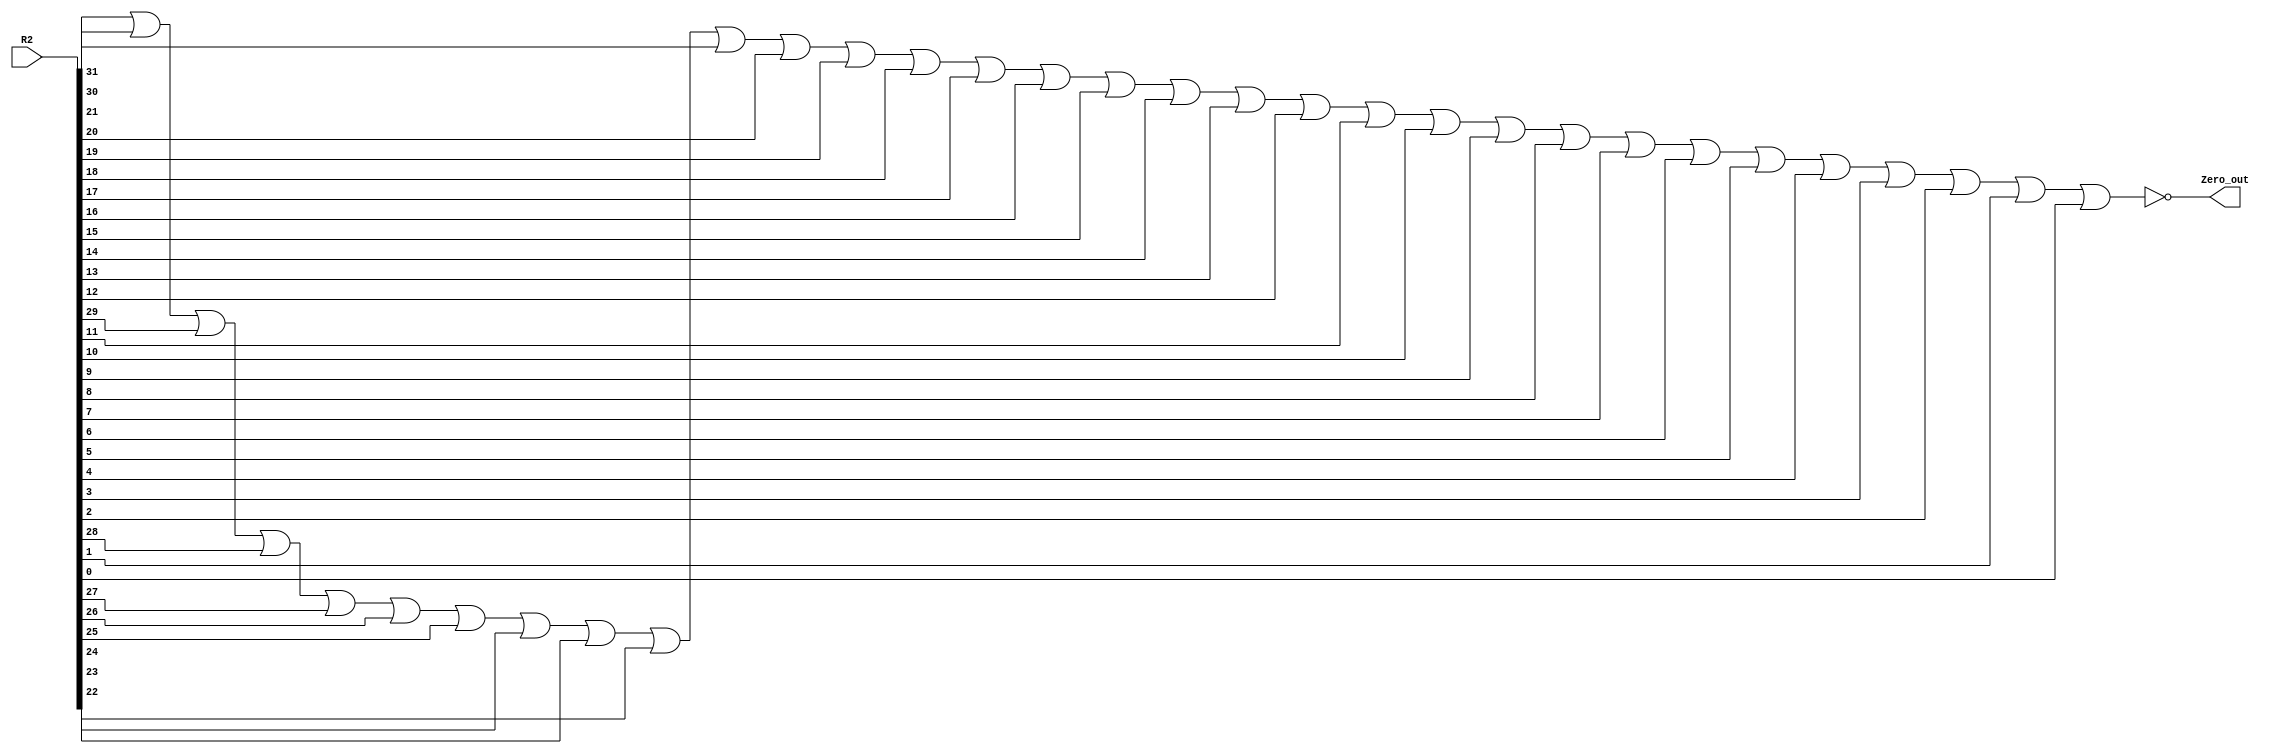

module Zero(Zero_out, R2);

parameter	word_size = 32;		// the default size 

input		[31:0]	R2;
output		Zero_out;
wire or_out;

or OR1(or_out, R2[31],R2[30],R2[29],R2[28],R2[27],R2[26],R2[25],R2[24],R2[23],R2[22],R2[21],R2[20],R2[19],R2[18],R2[17],R2[16],R2[15],R2[14],R2[13],R2[12],R2[11],R2[10],R2[9],R2[8],R2[7],R2[6],R2[5],R2[4],R2[3],R2[2],R2[1],R2[0]);
not NOT1(Zero_out, or_out);
endmodule